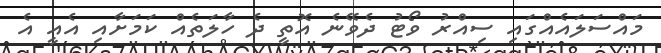
މައްސަލައެއްގައި ސިއްރު ވޯޓު ދެވޭނެ އޮތީ ދެ ހާލަތެއް ކަމަށާއި އެއީ އެ